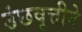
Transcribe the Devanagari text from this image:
उंछवृत्तीने